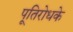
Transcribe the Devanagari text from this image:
पूतिरोधके